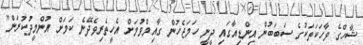
ޝާހްގެ ވާހަކަތަކުގެ ސަބަބުން އިންޑިއާގައި ދީނީ ހަމަޖެހުން ގާއިމްވުމަށް އެހީތެރިވެދޭނެ ކަމަށް އުންމީދުކުރަން"